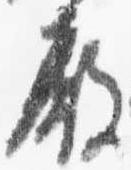
殿